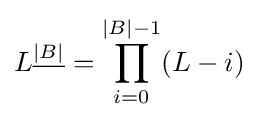
L^{\underline {\left|B\right|}}=\prod _{i=0}^{\left|B\right|-1}(L-i)